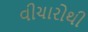
વીચારોથી